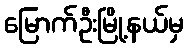
မြောက်ဦးမြို့နယ်မှ